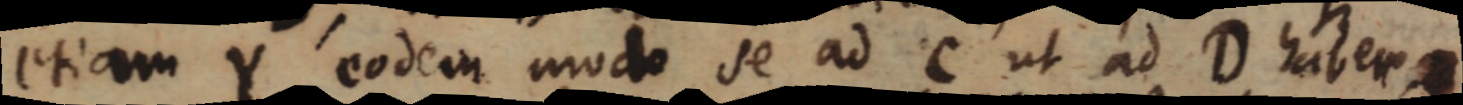
etiam Y eodem modo se ad C ut ad D habent